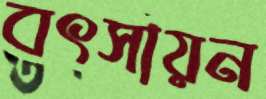
বৎসায়ন